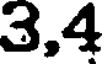
3,4